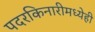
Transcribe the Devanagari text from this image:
पदरकिनारीमध्येही